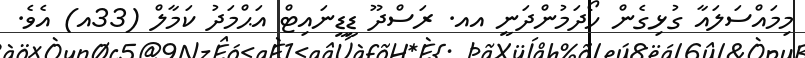
މިމައްސަލައާ ގުޅިގެން ހޯދަމުންދަނީ އއ. ރަސްދޫ ޑީޑީނައިޓް އަޙްމަދު ކަމާލް (33އ) އެވެ.